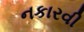
નકારવી